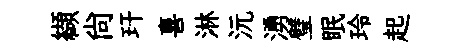
纈尙玕喜淋沅湧璧眠玲起